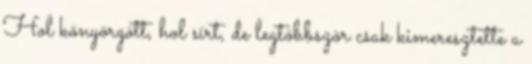
Hol könyörgött, hol sírt, de legtöbbször csak kimeresztette a